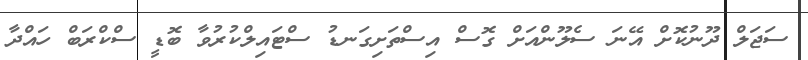
ސަޖަލް ދޫނުކޮށް އޭނަ ސެލޫންއަށް ގޮސް އިސްތަށިގަނޑު ސްޓައިލްކުރުވާ ބޮޑީ ސްކްރަބް ހައްދާ